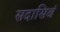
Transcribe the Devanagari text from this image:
सदासिवं